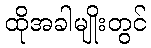
ထိုအခါမျိုးတွင်